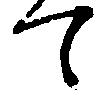
て